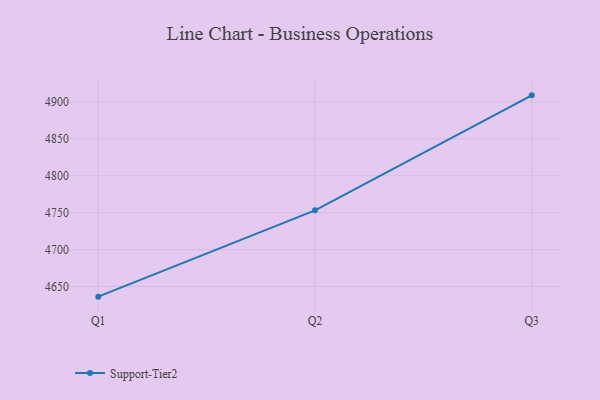
{"axis": {"x": "Quarter", "y": "Active Users"}, "legend": ["Support-Tier2"], "data": [{"x": "Q1", "y": 4636.2, "type": "Support-Tier2"}, {"x": "Q2", "y": 4753.1, "type": "Support-Tier2"}, {"x": "Q3", "y": 4908.9, "type": "Support-Tier2"}]}